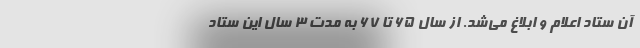
آن ستاد اعلام و ابلاغ می‌شد. از سال ۶۵ تا ۶۷ به مدت ۳ سال این ستاد